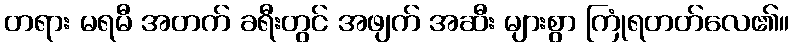
တရား မရမီ အတက် ခရီးတွင် အဖျက် အဆီး များစွာ ကြုံရတတ်လေ၏။